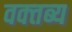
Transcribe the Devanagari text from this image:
वक्‍तब्‍य